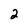
Character: 2